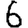
Digit: 6